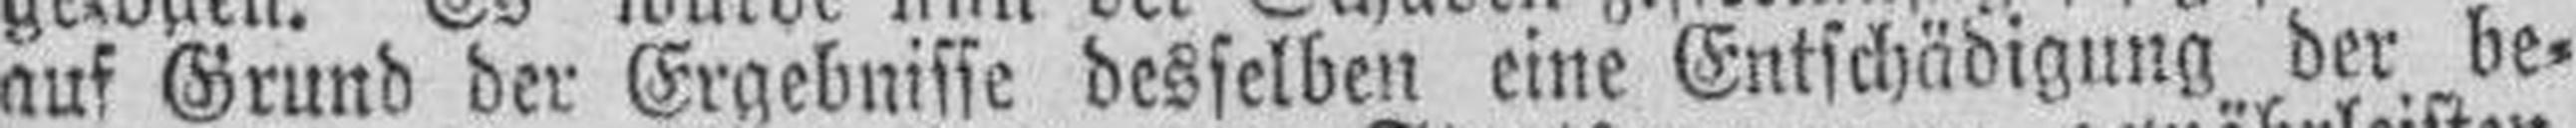
auf Grund der Ergebnisse desselben eine Entschädigung der be¬